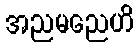
အညမညေဟိ